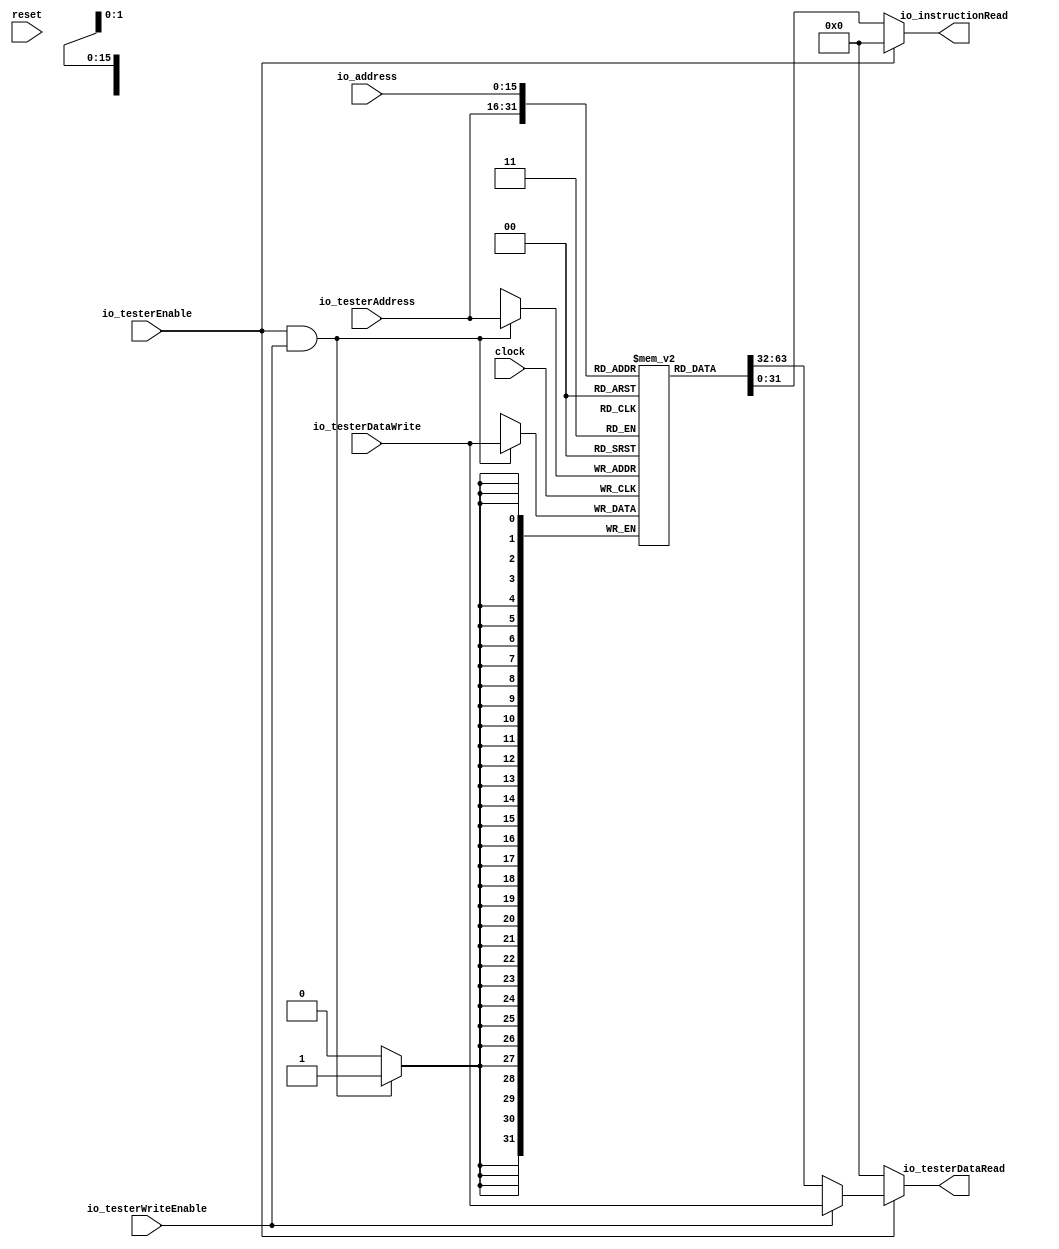
module ProgramMemory(
  input         clock,
  input         reset,
  input  [15:0] io_address,
  output [31:0] io_instructionRead,
  input         io_testerEnable,
  input  [15:0] io_testerAddress,
  output [31:0] io_testerDataRead,
  input         io_testerWriteEnable,
  input  [31:0] io_testerDataWrite
);
`ifdef RANDOMIZE_MEM_INIT
  reg [31:0] _RAND_0;
`endif // RANDOMIZE_MEM_INIT
  reg [31:0] memory [0:65535]; // @[ProgramMemory.scala 16:20]
  wire [31:0] memory__T_data; // @[ProgramMemory.scala 16:20]
  wire [15:0] memory__T_addr; // @[ProgramMemory.scala 16:20]
  wire [31:0] memory__T_2_data; // @[ProgramMemory.scala 16:20]
  wire [15:0] memory__T_2_addr; // @[ProgramMemory.scala 16:20]
  wire [31:0] memory__T_1_data; // @[ProgramMemory.scala 16:20]
  wire [15:0] memory__T_1_addr; // @[ProgramMemory.scala 16:20]
  wire  memory__T_1_mask; // @[ProgramMemory.scala 16:20]
  wire  memory__T_1_en; // @[ProgramMemory.scala 16:20]
  wire [31:0] _GEN_5 = io_testerWriteEnable ? io_testerDataWrite : memory__T_data; // @[ProgramMemory.scala 22:32]
  assign memory__T_addr = io_testerAddress;
  assign memory__T_data = memory[memory__T_addr]; // @[ProgramMemory.scala 16:20]
  assign memory__T_2_addr = io_address;
  assign memory__T_2_data = memory[memory__T_2_addr]; // @[ProgramMemory.scala 16:20]
  assign memory__T_1_data = io_testerDataWrite;
  assign memory__T_1_addr = io_testerAddress;
  assign memory__T_1_mask = 1'h1;
  assign memory__T_1_en = io_testerEnable & io_testerWriteEnable;
  assign io_instructionRead = io_testerEnable ? 32'h0 : memory__T_2_data; // @[ProgramMemory.scala 21:24 ProgramMemory.scala 28:24]
  assign io_testerDataRead = io_testerEnable ? _GEN_5 : 32'h0; // @[ProgramMemory.scala 20:23 ProgramMemory.scala 24:25 ProgramMemory.scala 29:23]
`ifdef RANDOMIZE_GARBAGE_ASSIGN
`define RANDOMIZE
`endif
`ifdef RANDOMIZE_INVALID_ASSIGN
`define RANDOMIZE
`endif
`ifdef RANDOMIZE_REG_INIT
`define RANDOMIZE
`endif
`ifdef RANDOMIZE_MEM_INIT
`define RANDOMIZE
`endif
`ifndef RANDOM
`define RANDOM $random
`endif
`ifdef RANDOMIZE_MEM_INIT
  integer initvar;
`endif
`ifndef SYNTHESIS
`ifdef FIRRTL_BEFORE_INITIAL
`FIRRTL_BEFORE_INITIAL
`endif
initial begin
  `ifdef RANDOMIZE
    `ifdef INIT_RANDOM
      `INIT_RANDOM
    `endif
    `ifndef VERILATOR
      `ifdef RANDOMIZE_DELAY
        #`RANDOMIZE_DELAY begin end
      `else
        #0.002 begin end
      `endif
    `endif
`ifdef RANDOMIZE_MEM_INIT
  _RAND_0 = {1{`RANDOM}};
  for (initvar = 0; initvar < 65536; initvar = initvar+1)
    memory[initvar] = _RAND_0[31:0];
`endif // RANDOMIZE_MEM_INIT
  `endif // RANDOMIZE
end // initial
`ifdef FIRRTL_AFTER_INITIAL
`FIRRTL_AFTER_INITIAL
`endif
`endif // SYNTHESIS
  always @(posedge clock) begin
    if(memory__T_1_en & memory__T_1_mask) begin
      memory[memory__T_1_addr] <= memory__T_1_data; // @[ProgramMemory.scala 16:20]
    end
  end
endmodule